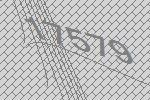
17579